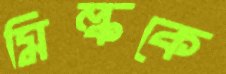
মিল্ককে